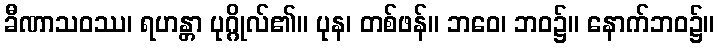
ခီဏာသဝဿ၊ ရဟန္တာ ပုဂ္ဂိုလ်၏။ ပုန၊ တစ်ဖန်။ ဘဝေ၊ ဘဝ၌။ နောက်ဘဝ၌။